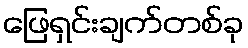
ဖြေရှင်းချက်တစ်ခု